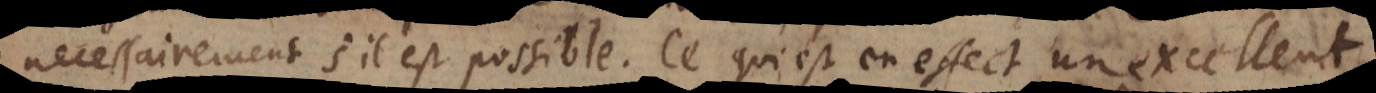
necessairement s’il est possible. Ce qui est en effect un